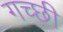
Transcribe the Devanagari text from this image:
गच्छी